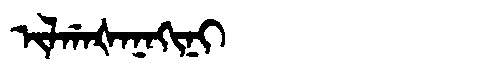
Manchu: ᡳᠯᡤᠠᡧᠠᠨᠠᡴᡳᠨᡳ
Romanization: ILGAŠANAKINI